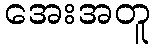
အေးအတူ